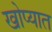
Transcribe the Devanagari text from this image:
खोप्यात